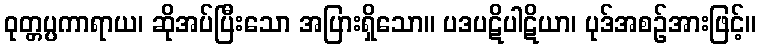
ဝုတ္တပ္ပကာရာယ၊ ဆိုအပ်ပြီးသော အပြားရှိသော။ ပဒပဋိပါဋိယာ၊ ပုဒ်အစဉ်အားဖြင့်။